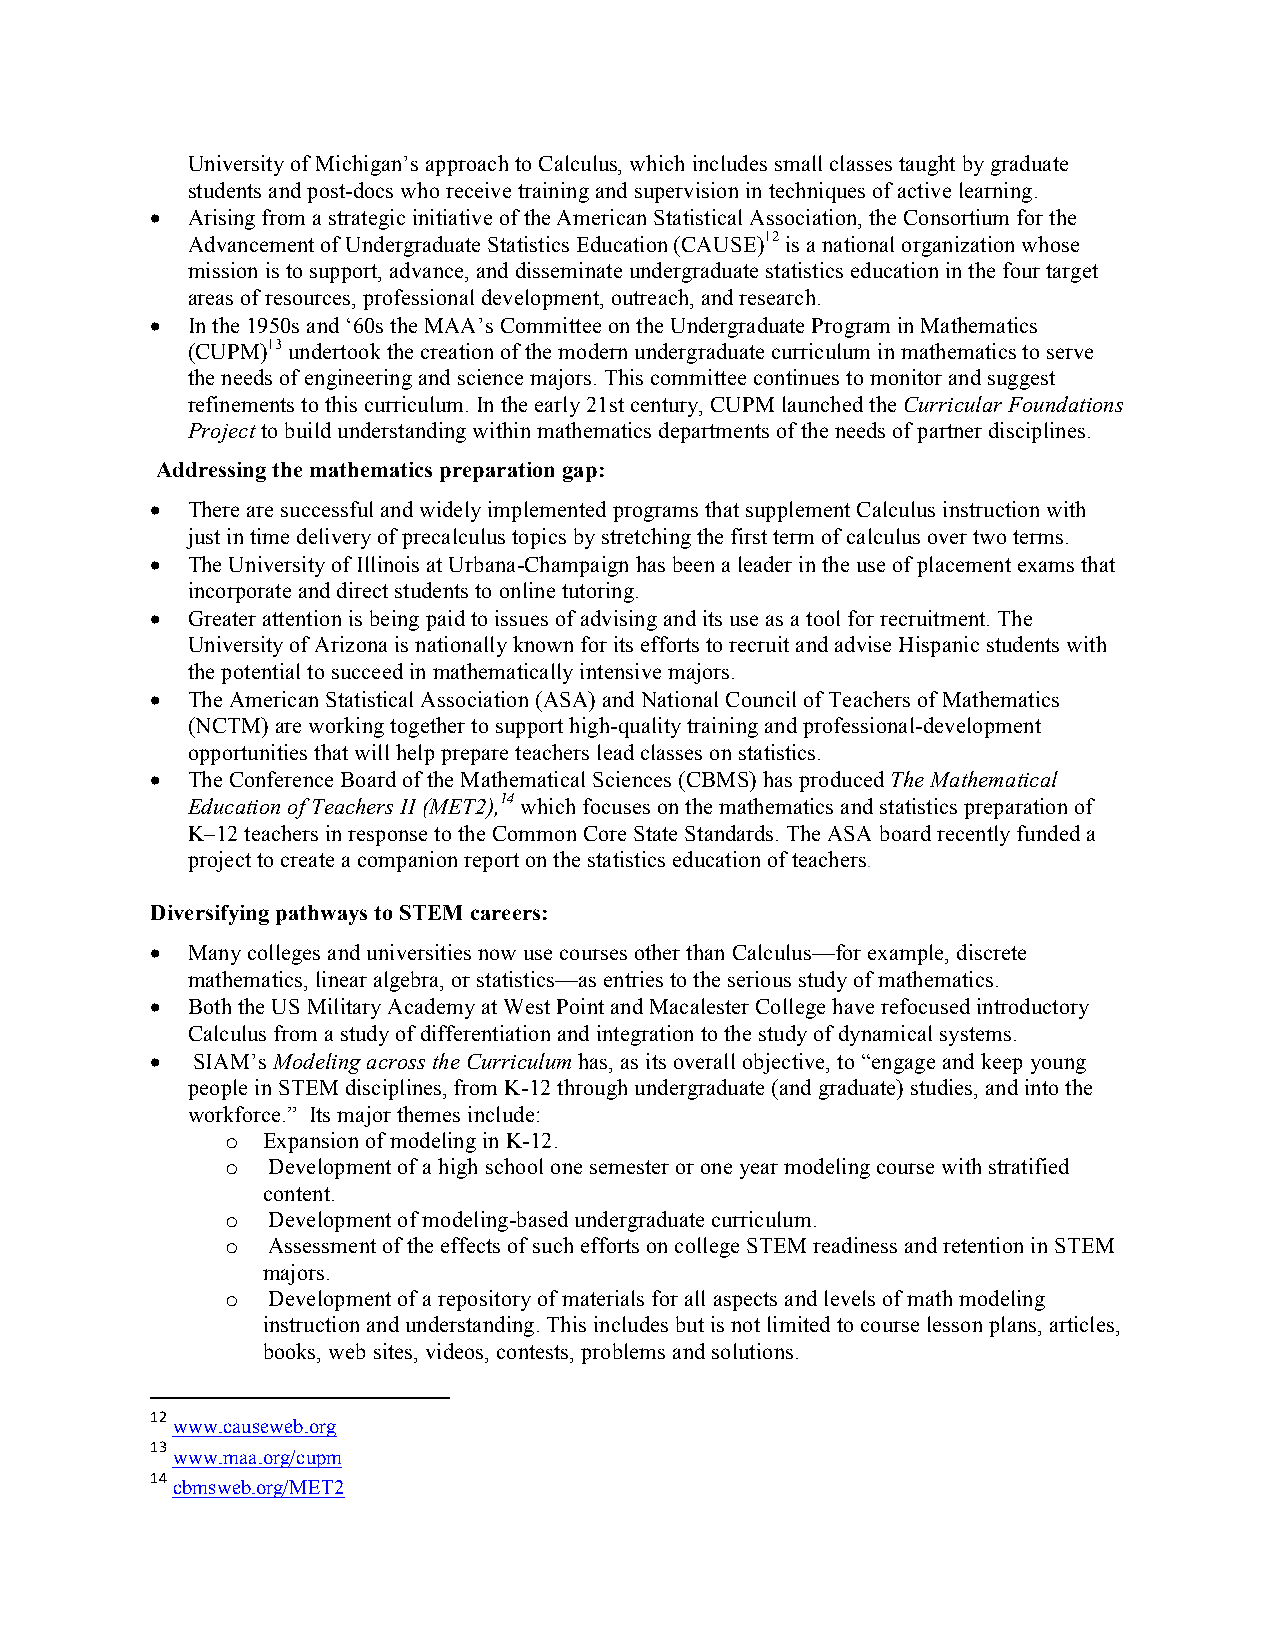
University of Michigan’s approach to Calculus, which includes small classes taught by graduate
 students and post-docs who receive training and supervision in techniques of active learning.
 • Arising from a strategic initiative of the American Statistical Association, the Consortium for the
 Advancement of Undergraduate Statistics Education (CAUSE)12 is a national organization whose
 mission is to support, advance, and disseminate undergraduate statistics education in the four target
 areas of resources, professional development, outreach, and research.
 • In the 1950s and ‘60s the MAA’s Committee on the Undergraduate Program in Mathematics
 (CUPM)13 undertook the creation of the modern undergraduate curriculum in mathematics to serve
 the needs of engineering and science majors. This committee continues to monitor and suggest
 refinements to this curriculum. In the early 21st century, CUPM launched the Curricular Foundations
 Project to build understanding within mathematics departments of the needs of partner disciplines.
 Addressing the mathematics preparation gap:
 • There are successful and widely implemented programs that supplement Calculus instruction with
 just in time delivery of precalculus topics by stretching the first term of calculus over two terms.
 • The University of Illinois at Urbana-Champaign has been a leader in the use of placement exams that
 incorporate and direct students to online tutoring.
 • Greater attention is being paid to issues of advising and its use as a tool for recruitment. The
 University of Arizona is nationally known for its efforts to recruit and advise Hispanic students with
 the potential to succeed in mathematically intensive majors.
 • The American Statistical Association (ASA) and National Council of Teachers of Mathematics
 (NCTM) are working together to support high-quality training and professional-development
 opportunities that will help prepare teachers lead classes on statistics.
 • The Conference Board of the Mathematical Sciences (CBMS) has produced The Mathematical
 Education of Teachers II (MET2),14 which focuses on the mathematics and statistics preparation of
 K–12 teachers in response to the Common Core State Standards. The ASA board recently funded a
 project to create a companion report on the statistics education of teachers.
 Diversifying pathways to STEM careers:
 • Many colleges and universities now use courses other than Calculus—for example, discrete
 mathematics, linear algebra, or statistics—as entries to the serious study of mathematics.
 • Both the US Military Academy at West Point and Macalester College have refocused introductory
 Calculus from a study of differentiation and integration to the study of dynamical systems.
 •  SIAM’s Modeling across the Curriculum has, as its overall objective, to “engage and keep young
 people in STEM disciplines, from K-12 through undergraduate (and graduate) studies, and into the
 workforce.” Its major themes include:
 o Expansion of modeling in K-12.
 o  Development of a high school one semester or one year modeling course with stratified
 content.
 o  Development of modeling-based undergraduate curriculum.
 o  Assessment of the effects of such efforts on college STEM readiness and retention in STEM
 majors.
 o  Development of a repository of materials for all aspects and levels of math modeling
 instruction and understanding. This includes but is not limited to course lesson plans, articles,
 books, web sites, videos, contests, problems and solutions.
 12
 www.causeweb.org
 13
 www.maa.org/cupm
 14
 cbmsweb.org/MET2